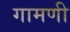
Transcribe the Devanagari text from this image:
गामणी